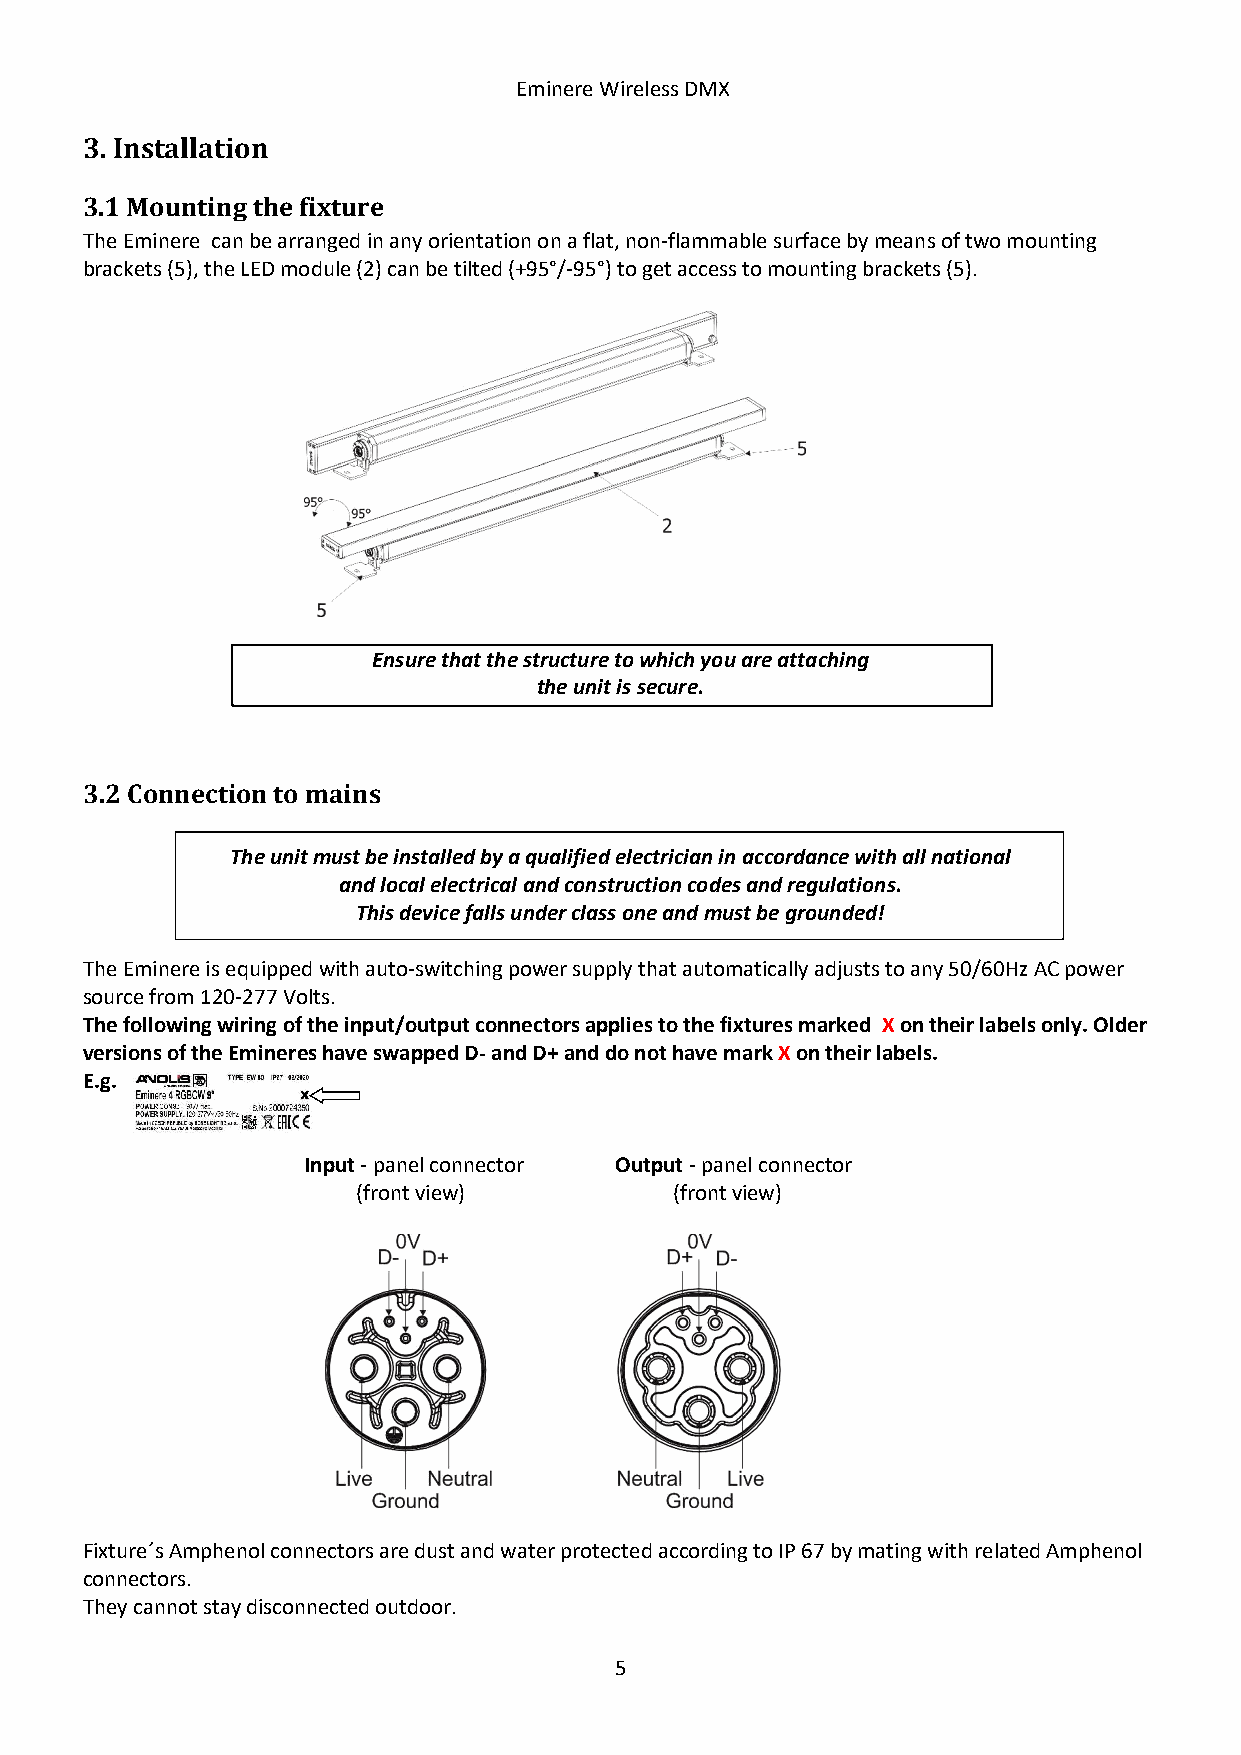
Eminere Wireless DMX
 3. Installation
 3.1 Mounting the fixture
 The Eminere can be arranged in any orientation on a flat, non-flammable surface by means of two mounting
 brackets (5), the LED module (2) can be tilted (+95°/-95°) to get access to mounting brackets (5).
 Ensure that the structure to which you are attaching
 the unit is secure.
 3.2 Connection to mains
 The unit must be installed by a qualified electrician in accordance with all national
 and local electrical and construction codes and regulations.
 This device falls under class one and must be grounded!
 The Eminere is equipped with auto-switching power supply that automatically adjusts to any 50/60Hz AC power
 source from 120-277 Volts.
 The following wiring of the input/output connectors applies to the fixtures marked X on their labels only. Older
 versions of the Emineres have swapped D- and D+ and do not have mark X on their labels.
 E.g.
 Input - panel connector Output - panel connector
 (front view)         (front view)
 Fixture´s Amphenol connectors are dust and water protected according to IP 67 by mating with related Amphenol
 connectors.
 They cannot stay disconnected outdoor.
 5